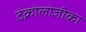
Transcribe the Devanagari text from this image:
टेक्नोलोजीका